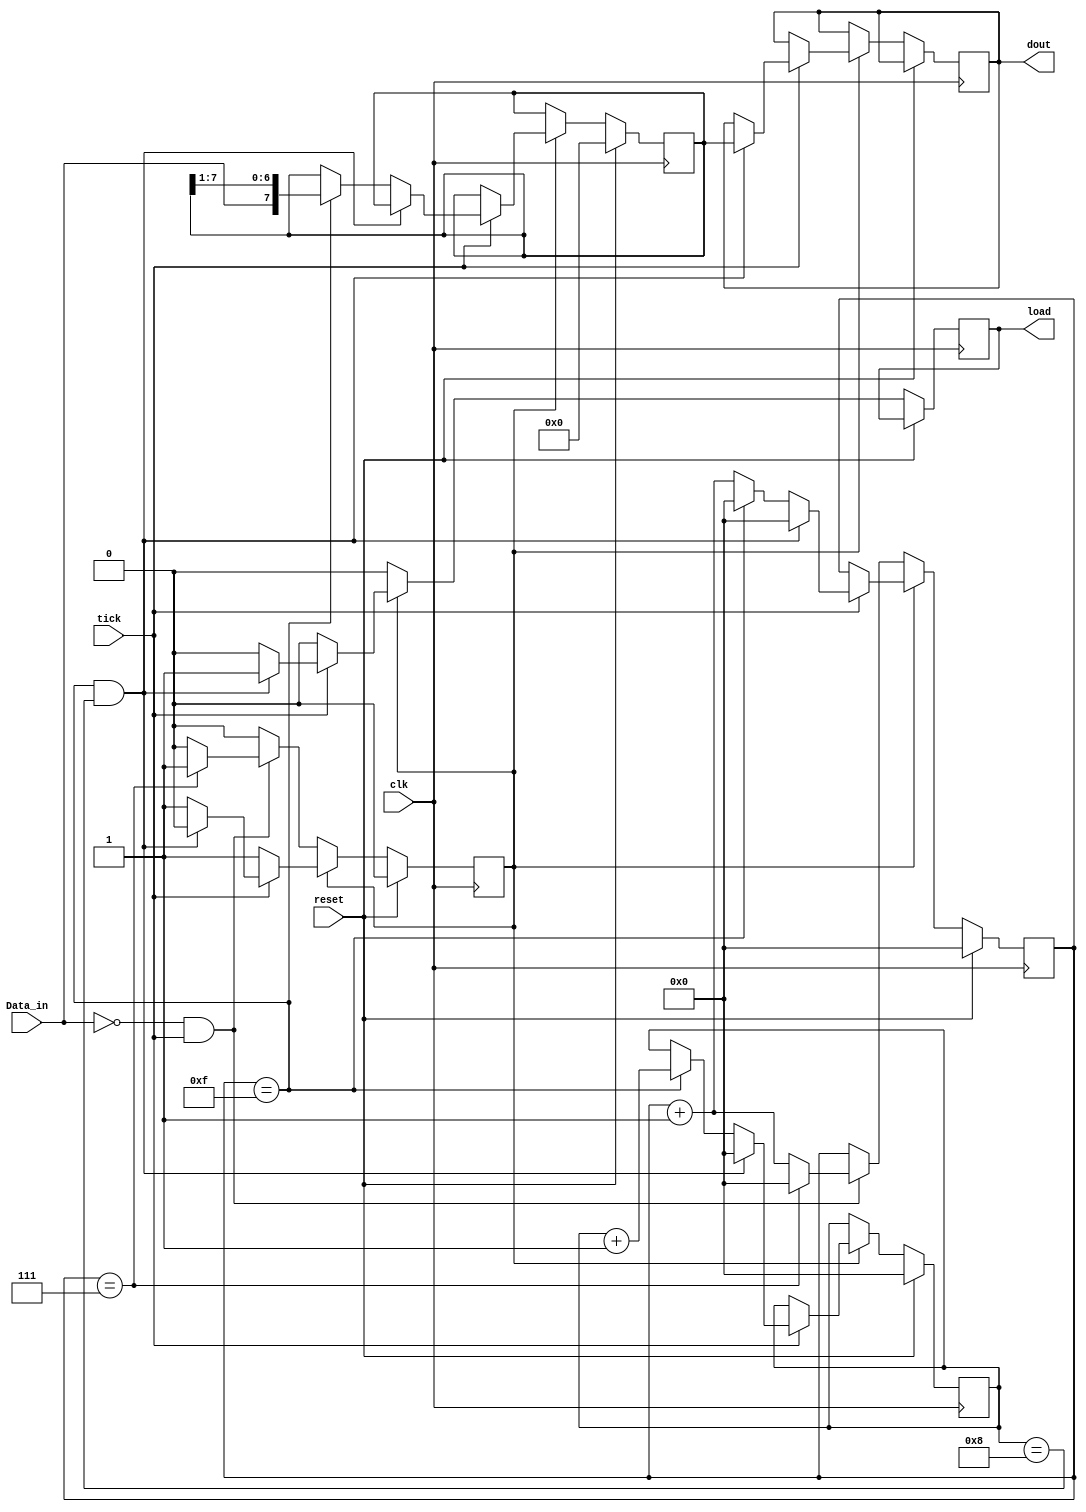
`timescale 1ns / 1ps
//////////////////////////////////////////////////////////////////////////////////
// Company: 
// Engineer: 
// 
// Design Name: 
// Module Name:    Reciever 
// Project Name: 
// Target Devices: 
// Tool versions: 
// Description: 
//
// Dependencies: 
//
// Revision: 
// Revision 0.01 - File Created
// Additional Comments: 
//
//////////////////////////////////////////////////////////////////////////////////
module Reciever(
    input clk,
    input reset,
    input Data_in,
    input tick,
    output reg[7:0] dout,
    output reg load
    );
// flag for start bit
reg start_flag;
// shift register
reg [7:0]shift_reg;
// counters
reg [3:0]counter;
reg [3:0]bit_cnt;
// perform the following every rising edge
always@(posedge clk)
if(reset) // reset condition
	begin
	shift_reg<=0;
	counter<=0;
	bit_cnt<=0;
	start_flag<=0;
	end
else
	begin
		load <= 0; // by default load is equal to 0
		if(!start_flag)begin // if there is no start flag
			if(!Data_in && tick) // check that input is zero with tick = 1
				if(counter==7)    // if 8 ticks takes place during Data_in=0
					begin
					start_flag<=1; // set the start flag as this is the data start condition
					counter<=0;    // reset the counter
					end
				else
				   counter<=counter+1;end // else increment the counter
		else if(tick)  // after the start flag is set, do the follwoing with each tick signal
					if(counter == 15 && bit_cnt==8) // if the tick counter = 15 and bit counter = 8
						begin
						load<=1;             // set the load signal
						counter<=0;
						dout<=shift_reg[7:0]; // send the received data to output port
						start_flag<=0;        // reset start flag
						bit_cnt<=0;
						end
					else if(counter == 15) //  if the tick counter = 15 and bit counter less than 8
						begin
						counter<=0;         // reset the tick counter
						shift_reg<={Data_in,shift_reg[7:1]}; // shift in the new bit
						bit_cnt<=bit_cnt+1;  // increment bit counter
						end
					else
						counter<=counter+1; // count every tick
	end
endmodule